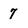
Character: 7